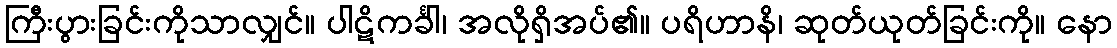
ကြီးပွားခြင်းကိုသာလျှင်။ ပါဋိကင်္ခါ၊ အလိုရှိအပ်၏။ ပရိဟာနိ၊ ဆုတ်ယုတ်ခြင်းကို။ နော